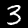
Digit: 3